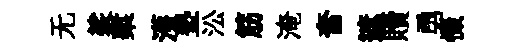
无裟槧濩塾㳂筋淹奮遮贖勇惙